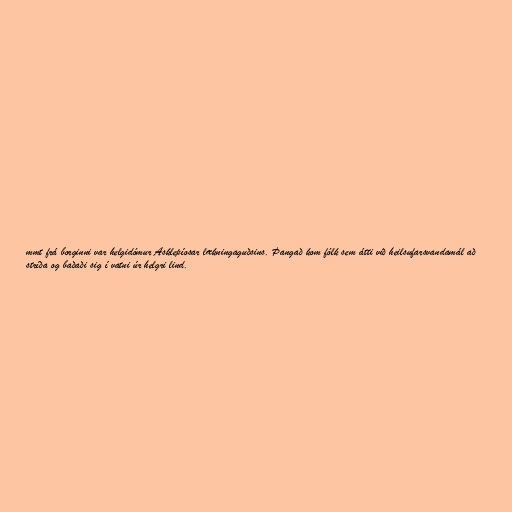
mmt frá borginni var helgidómur Asklepíosar lækningaguðsins. Þangað kom fólk sem átti við heilsufarsvandamál að
stríða og baðaði sig í vatni úr helgri lind.